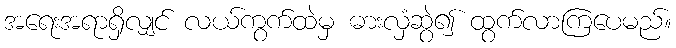
အရေးအရာရှိလျှင် လယ်ကွက်ထဲမှ ဓားလှံဆွဲ၍ ထွက်လာကြပေမည်။